Mental hospitals Bombay report 1921-28 - 1921-1928
Year: 1921
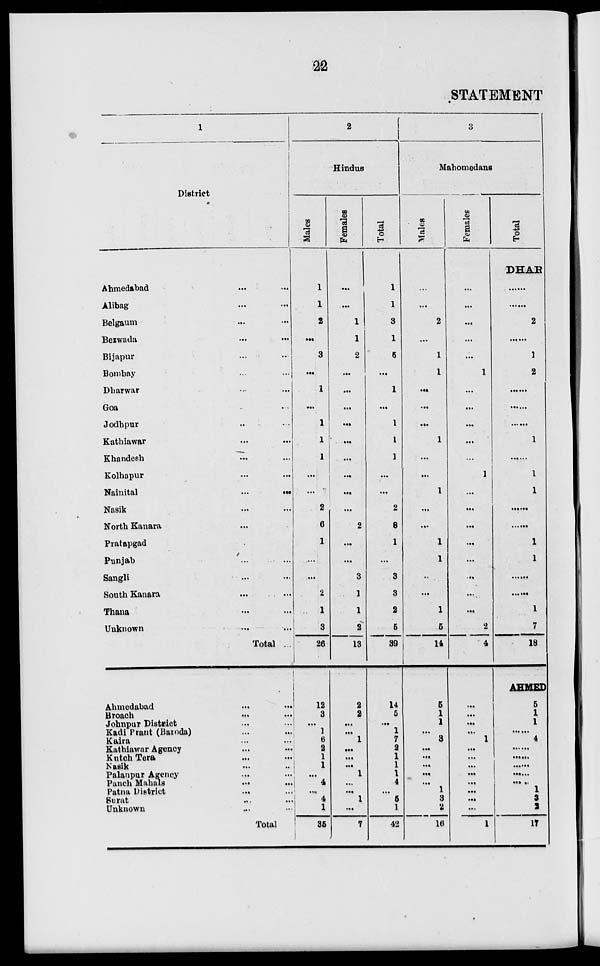
22
STATEMENT
1
District
Ahmedabad ... ...
Alibag ... ...
Belgaum ... ...
Bezwada
...
...
Bijapur ... ...
Bombay ... ...
Dharwar ... ...
Goa ... ...
Jodhpur ... ...
Kathiawar ... ...
Khandesh ... ...
Kolhapur ... ...
Nainital
...
...
Nasik ... ...
North Kanara ... ...
Pratapgad ... ...
Punjab ... ...
Sangli ... ...
South Kanara ... ...
Thana ... ...
Unknown ... ...
Total ...
Ahmedabad
...
...
Broach ... ...
Johnpur District ... ...
Kadi Prant (Baroda) ... ...
Kaira ... ...
Kathiawar Agency ... ...
Kutch Tera ... ...
Nasik ... ...
Palanpur Agency ... ...
Punch Mahals
...
...
Patna District
...
...
Surat ... ...
Unknown ... ...
Total ...
2
Hindus
Males
1
1
2
...
3
...
1
...
1
1
1
...
...
2
6
1
...
...
1
1
3
26
12
3
...
1 6
2
1
1
...
4
...
4
1
35
Females
...
....
1
1
2
...
...
...
...
...
...
...
...
...
2
...
...
3
1
1
2
13
2
2
...
...
1
...
...
...
1
...
...
1
...
7
Total
1
1
3
1
5
...
1
...
1
1
1
...
...
2
8
1
...
3
3
2
5
39
14
5
...
1
7
2
1
1
1
4
...
5
1
42
3
Mahomedans
Males
...
...
2
...
1
1
...
...
...
1
...
...
1
...
...
1
1
...
...
1
5
14
5
1
1
...
3
...
...
...
...
...
1
3
2
16
Females
...
...
...
...
...
1
...
...
...
...
...
1
...
...
...
...
...
...
...
...
2
4
...
...
...
...
1
...
...
...
...
...
...
...
...
1
Total
DHAR
......
......
2
......
1
2
......
......
......
1
......
1
......
......
......
1
1
......
......
1
7
18
AHMED
5
1
1
......
4
......
......
......
...
1
3
2
17